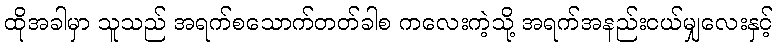
ထိုအခါမှာ သူသည် အရက်စသောက်တတ်ခါစ ကလေးကဲ့သို့ အရက်အနည်းငယ်မျှလေးနှင့်